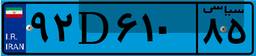
۸۵D۸۲۳۱۳